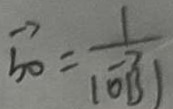
\overrightarrow { b o } = \frac { 1 } { ( \overrightarrow { O B } ) }